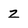
Character: z